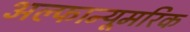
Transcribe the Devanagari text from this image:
अल्फान्यूमरिक